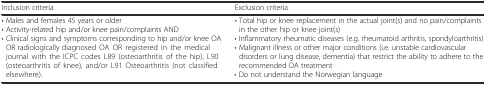
<table><thead><tr><td><b>Inclusion criteria</b></td><td><b>Exclusion criteria</b></td></tr></thead><tbody><tr><td>• Males and females 45 years or older• Activity-related hip and/or knee pain/complaintsAND• Clinical signs and symptoms corresponding to hip and/or knee OAOR radiologically diagnosed OA OR registered in the medical journal with the ICPC codes L89 (osteoarthritis of the hip), L90 (osteoarthritis of knee), and/or L91 Osteoarthritis (not classified elsewhere).</td><td>• Total hip or knee replacement in the actual joint(s) and no pain/complaints in the other hip or knee joint(s)• Inflammatory rheumatic diseases (e.g. rheumatoid arthritis, spondyloarthritis)• Malignant illness or other major conditions (i.e. unstable cardiovascular disorders or lung disease, dementia) that restrict the ability to adhere to the recommended OA treatment• Do not understand the Norwegian language</td></tr></tbody></table>